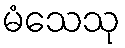
မံသေသု